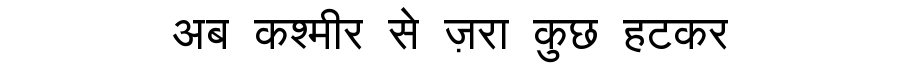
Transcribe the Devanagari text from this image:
अब कश्मीर से ज़रा कुछ हटकर